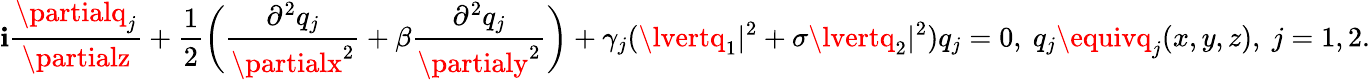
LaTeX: \mathbf{i}\frac{{\partialq_{j}}}{{\partialz}}+\frac{{1}}{{2}}\bigg(\frac{{\partial^{2}q_{j}}}{{\partialx^{2}}}+\beta\frac{{\partial^{2}q_{j}}}{{\partialy^{2}}}\bigg)+\gamma_{j}(\lvertq_{1}\rvert^{2}+\sigma\lvertq_{2}\rvert^{2})q_{j}=0,~q_{j}\equivq_{j}(x,y,z),~j=1,2.